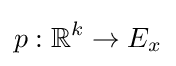
p:\mathbb {R} ^{k}\to E_{x}